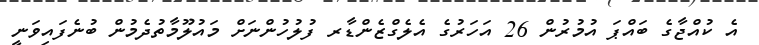
އެ ކުއްޖާގެ ބައްޕަ އުމުރުން 26 އަހަރުގެ އެލެގްޒެންޑާރ ފުލުހުންނަށް މައުލޫމާތުދެމުން ބުނެފައިވަނީ